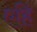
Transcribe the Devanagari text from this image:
एहिं